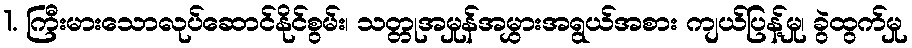
1. ကြီးမားသောလုပ်ဆောင်နိုင်စွမ်း၊ သတ္တုအမှုန်အမွှားအရွယ်အစား ကျယ်ပြန့်မှု၊ ခွဲထွက်မှု